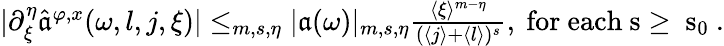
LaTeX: \begin{array}{r}{|\partial_{\xi}^{\eta}\widehat{\mathfrak{a}}^{\varphi,x}(\omega,l,j,\xi)|\le_{m,s,\eta}|\mathfrak{a}(\omega)|_{m,s,\eta}\frac{\langle\xi\rangle^{m-\eta}}{(\langle j\rangle+\langle l\rangle)^{s}},\mathrm{~for~each~s\ge~s_0~}.}\end{array}